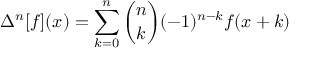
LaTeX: \Delta ^ { n } [ f ] ( x ) = \sum _ { k = 0 } ^ { n } { \binom { n } { k } } ( - 1 ) ^ { n - k } f ( x + k )